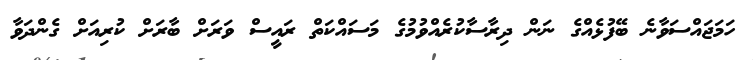
ހަމަޖައްސަވާނެ ބޭފުޅެއްގެ ނަން ދިރާސާކުރެއްވުމުގެ މަސައްކަތް ރައީސް ވަރަށް ބާރަށް ކުރިއަށް ގެންދަވާ